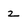
Character: 2